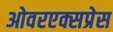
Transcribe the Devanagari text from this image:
ओवरएक्सप्रेस